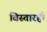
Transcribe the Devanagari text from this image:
विस्तारही